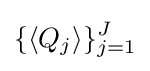
\{\langle Q_{j}\rangle \}_{j=1}^{J}